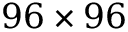
9 6 \times 9 6